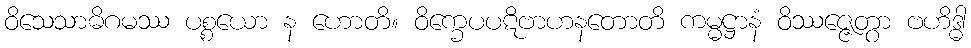
ဝိသေသာဓိဂမဿ ပစ္စယော န ဟောတိ။ ဝိက္ခေပပဋိဗာဟနတောတိ ကမ္မဋ္ဌာနံ ဝိဿဇ္ဇေတွာ ဗဟိဒ္ဓါ